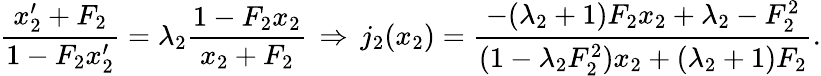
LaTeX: \frac{x_{2}^{\prime}+F_{2}}{1-F_{2}x_{2}^{\prime}}=\lambda_{2}\frac{1-F_{2}x_{2}}{x_{2}+F_{2}}\, \Rightarrow\, j_{2}(x_{2})=\frac{-(\lambda_{2}+1)F_{2}x_{2}+\lambda_{2}-F_{2}^{2}}{(1-\lambda_{2}F_{2}^{2})x_{2}+(\lambda_{2}+1)F_{2}}.